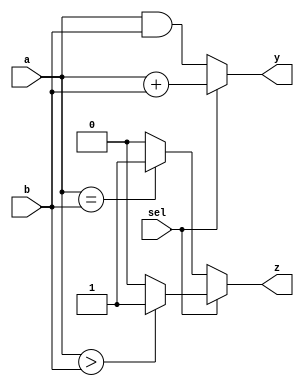
module combinational_logic (
    input wire [3:0] a,      // 4-bit input a
    input wire [3:0] b,      // 4-bit input b
    input wire sel,          // 1-bit select input
    output reg [3:0] y,      // 4-bit output y
    output reg z             // 1-bit output z
);

    // Combinational logic block
    always @(*) begin
        // Default values
        y = 4'b0000;
        z = 1'b0;

        // Example combinational logic
        if (sel) begin
            y = a + b;         // If sel is high, output the sum of a and b
            z = (a > b) ? 1'b1 : 1'b0; // Set z to 1 if a is greater than b
        end else begin
            y = a & b;         // If sel is low, output the bitwise AND of a and b
            z = (a == b) ? 1'b1 : 1'b0; // Set z to 1 if a is equal to b
        end
    end

endmodule